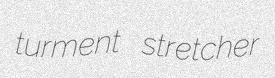
turment stretcher